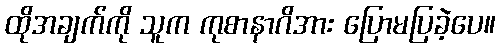
ထိုအချက်ကို သူက ကုစာနာဂိအား ပြောမပြခဲ့ပေ။